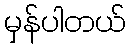
မှန်ပါတယ်